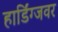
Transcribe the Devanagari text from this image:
हार्डिंग्जवर